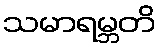
သမာရမ္ဘတိ